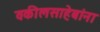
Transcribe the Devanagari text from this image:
वकीलसाहेबांना